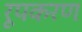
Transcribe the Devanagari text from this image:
रूपकरण